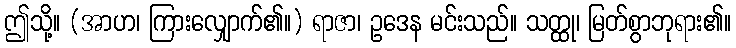
ဤသို့။ (အာဟ၊ ကြားလျှောက်၏။) ရာဇာ၊ ဥဒေန မင်းသည်။ သတ္ထု၊ မြတ်စွာဘုရား၏။